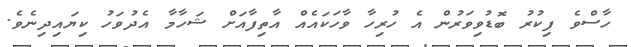
ހާސްވެ ފިކުރު ބޮޑުވިވަރުން އެ ހުރިހާ ވާހަކައެއް އާތިފާއަށް ޝަހާމާ އެދުވަހު ކިޔައިދިނެވެ.